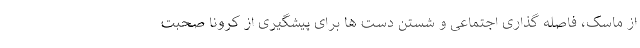
از ماسک، فاصله گذاری اجتماعی و شستن دست ها برای پیشگیری از کرونا صحبت